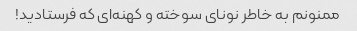
ممنونم به خاطر نونای سوخته و کهنه‌ای که فرستادید!